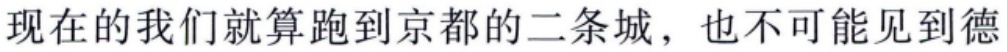
现在的我们就算跑到京都的二条城，也不可能见到德